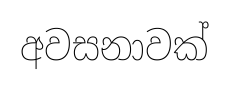
අවසනාවක්